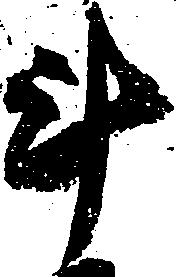
斗